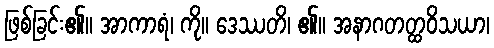
ဖြစ်ခြင်း၏။ အာကာရံ၊ ကို။ ဒေဿတိ၊ ၏။ အနာဂတတ္ထဝိသယာ၊